Indian journal of veterinary science and animal husbandry - Volume 6,
Year: 1936
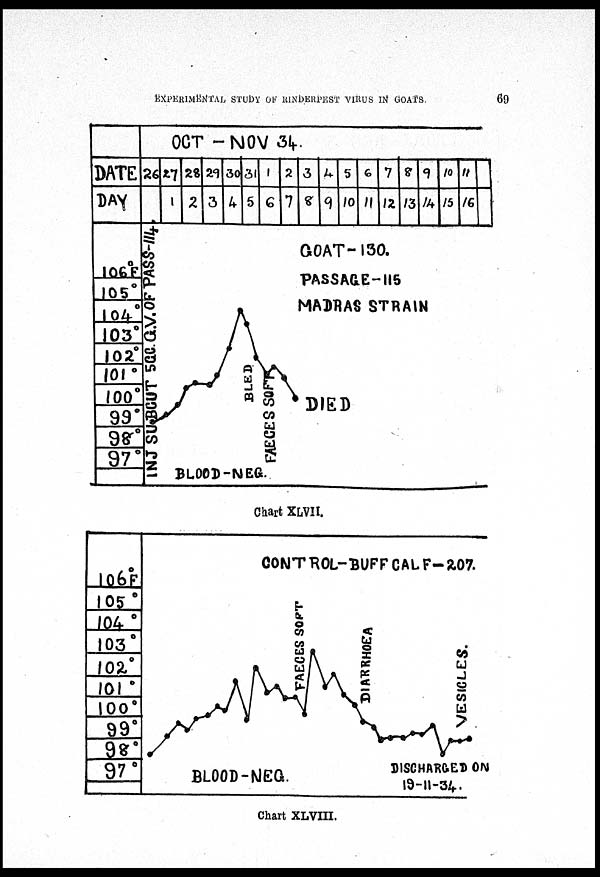
EXPERIMENTAL STUDY OF RINDERPEST VIRUS IN
GOATS
69
Chart XLVII.
Chart XLVIII.